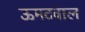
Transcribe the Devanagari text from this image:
ऊमटवाल